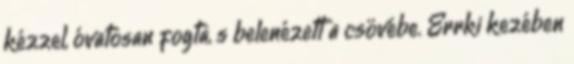
kézzel, óvatosan fogta, s belenézett a csövébe. Errki kezében